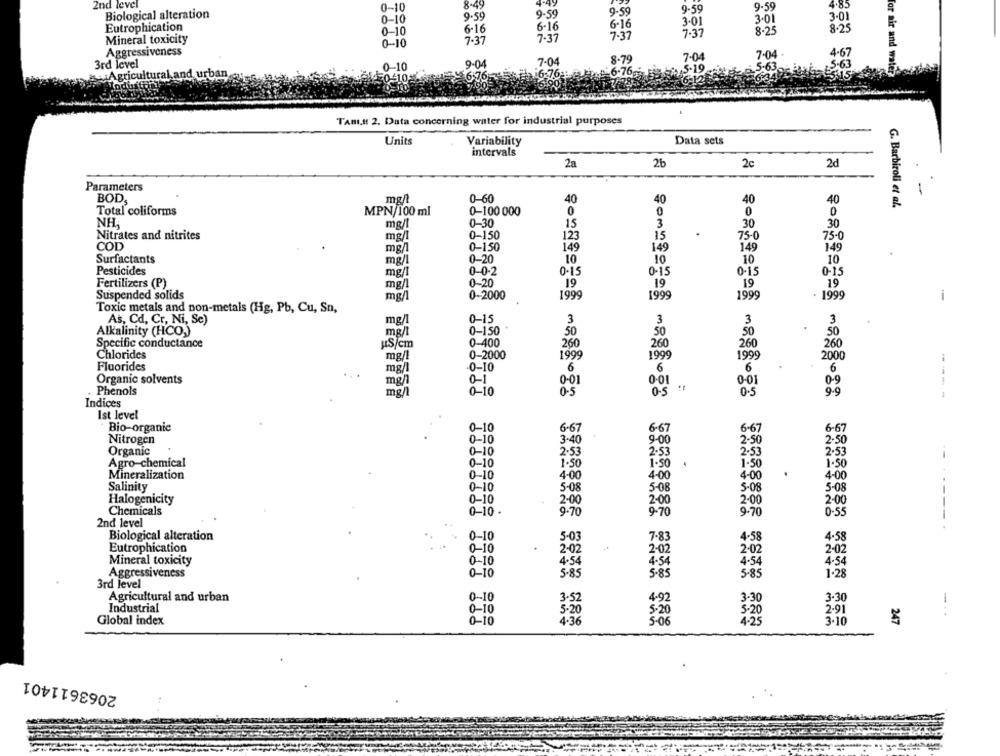
2nd level
0-10
8.49
9.59
4.85
Biological alteration
9.59
9.59
9.59
9.59
0-10
3.01
3.01
3.01
Eutrophication
0-10
6-16
6-16
6-16
8.25
8.25
7-37
7.37
7.37
Mineral toxicity
0-10
7 :37
Aggressiveness
7-04
4-67
7.04
8-79
7-04
3rd level
9-04
5-63
Agricultural and urban
6-76
or air and water
TABL.It 2. Data concerning water for industrial purposes
Units
Variability
Data sets
intervals
2a
2b
2c
2d
Parameters
-
BOD,
mg/
0-60
40
40
40
40
G. Barbiroli et al.
Total coliforms
MPN/100 ml
0-100 000
0
0
0
0
NH
mg/l
0-30
15
3
30
30
Nitrates and nitrites
0-150
.
mg/l
123
15
75-0
75-0
COD
mg/l
0-150
149
149
149
149
Surfactants
mg/l
0-20
10
10
10
10
Pesticides
mg/l
0-0-2
0-15
0-15
0-15
0-15
Fertilizers (P)
mg/l
0-20
19
19
19
19
Suspended solids
0-2000
1999
1999
1999
1999
mg/
-
Toxic metals and non-metals (Hg, Pb, Cu, Sn,
0-15
As, Cd, Cr, Ni, Se)
mg/l
3
3
3
3
Alkalinity (HCO.)
mg/l
0-150
50
50
50
50
Specific conductance
uS/cm
0-400
260
260
260
260
Chlorides
0-2000
1999
1999
1999
2000
mg/l
Fluorides
mg/l
0-10
6
6
6
6
Organic solvents
mg/l
0-1
0-01
0.01
0-01
0-9
Phenols
mg/l
0-10
0-5
0.5
9.9
Indices
Ist level
Bio-organic
0-10
6.67
6.67
6-67
6-67
0-10
9.00
Nitrogen
3.40
2-50
2,50
Organic
0-10
2.53
2-53
2.53
2.53
1.50
Agro-chemical
0-10
1.50
1.50
1.50
Mineralization
0-10
4.00
4-00
4-00
4-00
Salinity
0-10
5.08
5-08
5-08
5-08
Halogenicity
0-10
2-00
2.00
2-00
2.00
Chemicals
0-10 .
9.70
9-70
9-70
0-55
2nd level
Biological alteration
0-10
5-03
7-83
4.58
4.58
Eutrophication
0-10
2-02
2-02
2.02
2-02
Mineral toxicity
0-10
4.54
4-54
4-54
4-54
Aggressiveness
0-10
5.85
5.85
5-85
1.28
3rd level
Agricultural and urban
0-10
4-92
3.30
3-52
3.30
-
Industrial
0-10
5-20
5.20
5.20
2.91
Global index
0-10
4.36
5-06
4.25
3-10
247
2063611401